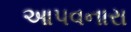
આપવનારા